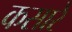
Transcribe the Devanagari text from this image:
कसारे